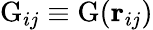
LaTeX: \mathrm{G}_{ij}\equiv\mathrm{G}(\mathbf{r}_{ij})